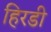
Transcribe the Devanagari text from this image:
हिरडी